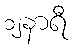
၁၂နာရီ